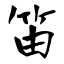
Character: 笛